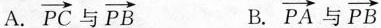
A. \overrightarrow{PC}与 \overrightarrow{PB} B. \overrightarrow{PA}与 \overrightarrow{PB}